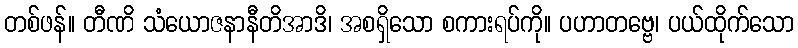
တစ်ဖန်။ တီဏိ သံယောဇနာနီတိအာဒိ၊ အစရှိသော စကားရပ်ကို။ ပဟာတဗ္ဗေ၊ ပယ်ထိုက်သော